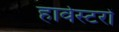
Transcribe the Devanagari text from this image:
हार्वेस्टरों